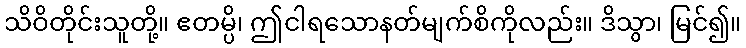
သိဝိတိုင်းသူတို့။ ဧတမ္ပိ၊ ဤငါရသောနတ်မျက်စိကိုလည်း။ ဒိသွာ၊ မြင်၍။